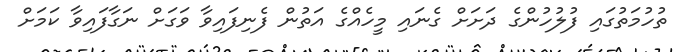
ތުހުމަތުގައި ފުލުހުންގެ ދަށަށް ގެނައި މީހެއްގެ އަތުން ފެނިފައިވާ ވަގަށް ނަގާފައިވާ ކަމަށް